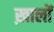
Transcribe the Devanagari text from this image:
ख़ालों